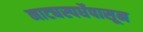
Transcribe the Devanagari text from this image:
नाट्यस्पर्धेपासून